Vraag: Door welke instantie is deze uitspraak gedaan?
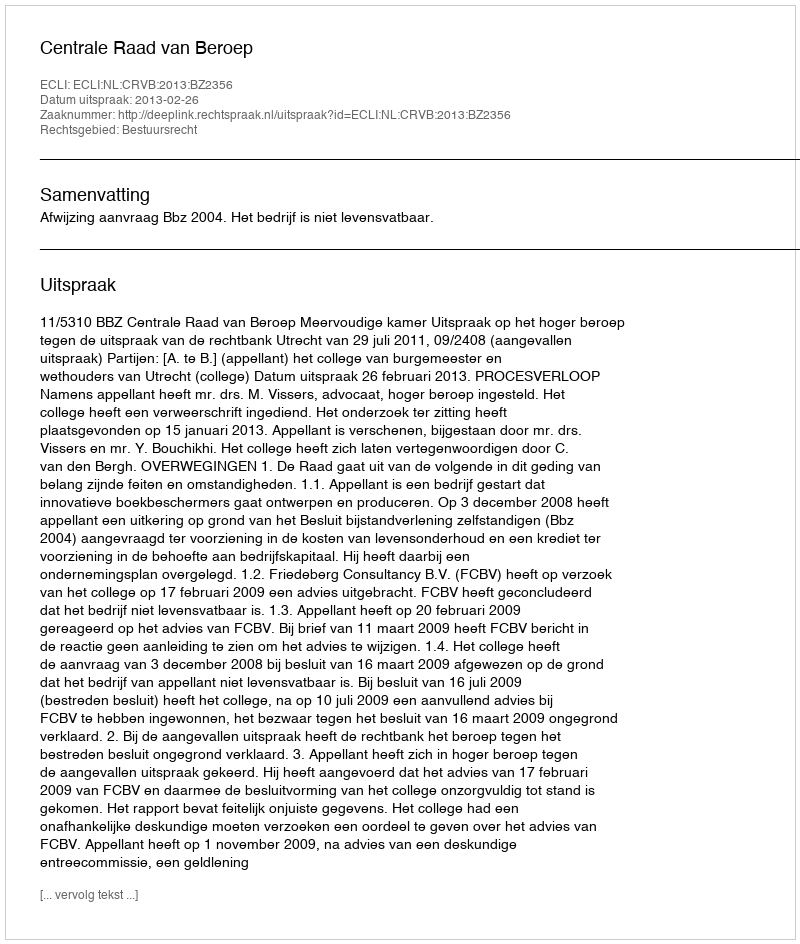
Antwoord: Centrale Raad van Beroep